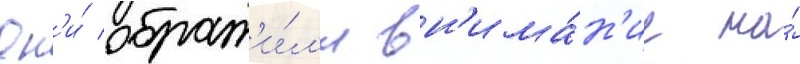
Он'и́ обрат'и́л'и вн'има́н'ие на́